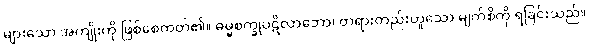
များသော အကျိုးကို ဖြစ်စေတတ်၏။ ဓမ္မစက္ခုပဋိလာဘော၊ တရားတည်းဟူသော မျက်စိကို ရခြင်းသည်။